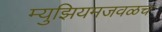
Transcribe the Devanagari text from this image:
म्युझियमजवळच